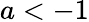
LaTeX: a<-1